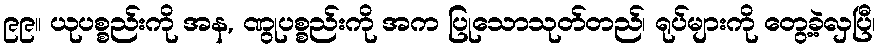
၉၉။ ယုပစ္စည်းကို အန, ဏွုပစ္စည်းကို အက ပြုသောသုတ်တည်၊ ရုပ်များကို တွေ့ခဲ့လှပြီ၊